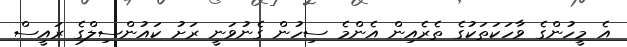
އެ މީހުންގެ ވާހަކަތަކުގެ ތެރެއިން އެންމެ ސިހުން ގެނުވަނީ ރަށު ކައުންސިލްގެ ރައީސް